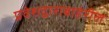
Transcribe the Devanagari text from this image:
प्रवेशद्वाराबाहेरील